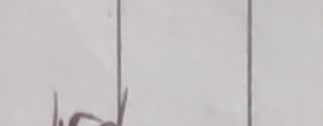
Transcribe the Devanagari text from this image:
लु